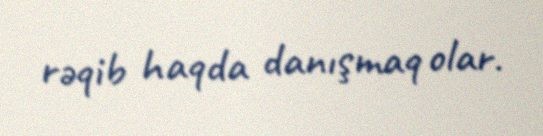
rəqib haqda danışmaq olar.